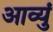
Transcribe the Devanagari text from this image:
आव्युं